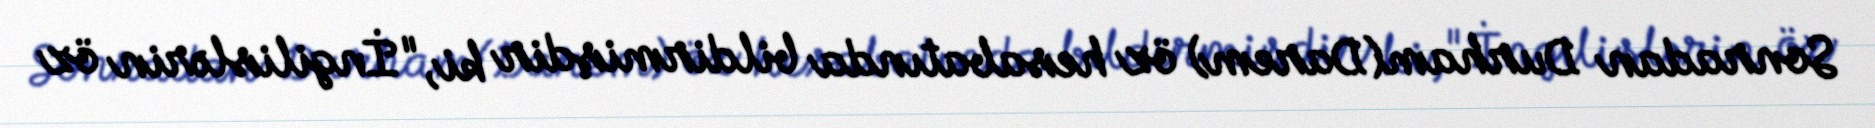
Sonradan Durham(Darem) öz hesabatında bildirmişdir ki, "İngilislərin öz